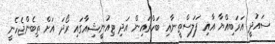
ސައުދީ އަރަބިއްޔާ އާއި ފަލަސްތީނާއި ބަހްރައިން އަދި ޓިއުނީޝިއާގައި ރޯދަ އަށް ތިބެންޖެހެނީ